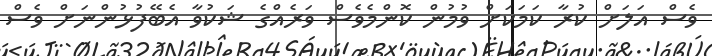
ވެސް އަލަށް ކުރާ ކަމަކަށް ވުމުން ކޮންމެވެސް ވަރެއްގެ ޝަކުވާ އެބޭފުޅުންނަށް ވެސް